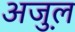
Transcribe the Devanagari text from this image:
अजु़ल